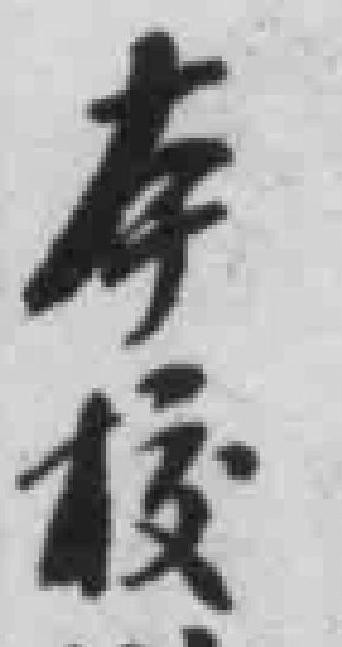
本校